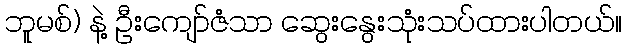
ဘူမစ်) နဲ့ ဦးကျော်ဇံသာ ဆွေးနွေးသုံးသပ်ထားပါတယ်။